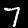
Digit: 7